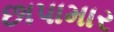
છાપામાર